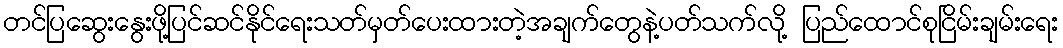
တင်ပြဆွေးနွေးဖို့ပြင်ဆင်နိုင်ရေးသတ်မှတ်ပေးထားတဲ့အချက်တွေနဲ့ပတ်သက်လို့ ပြည်ထောင်စုငြိမ်းချမ်းရေး